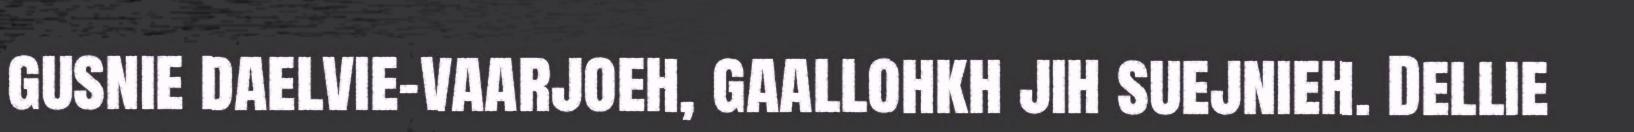
gusnie daelvie-vaarjoeh, gaallohkh jih suejnieh. Dellie